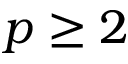
p \geq 2